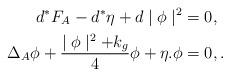
LaTeX: \begin{align*}d^{*}F_{A} -d^{\ast}\eta+ d\mid\phi\mid^{2}&=0,\\\Delta_{A} \phi + \frac{\mid \phi \mid^{2}+k_{g}}{4}\phi +\eta.\phi &= 0, .\end{align*}